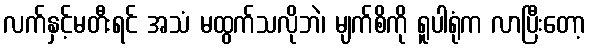
လက်နှင့်မတီးရင် အသံ မထွက်သလိုဘဲ၊ မျက်စိကို ရူပါရုံက လာပြီးတော့